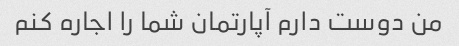
من دوست دارم آپارتمان شما را اجاره کنم